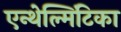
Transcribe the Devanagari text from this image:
एन्थेल्मिंटिका